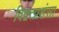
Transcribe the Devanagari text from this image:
विद्वत्प्रशंसा